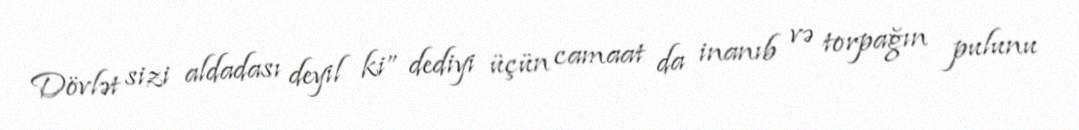
Dövlət sizi aldadası deyil ki” dediyi üçün camaat da inanıb və torpağın pulunu